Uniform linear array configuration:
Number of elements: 48
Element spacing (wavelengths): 1
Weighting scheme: cosine
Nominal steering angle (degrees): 60
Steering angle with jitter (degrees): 58.052
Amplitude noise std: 0.05
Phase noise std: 0.05

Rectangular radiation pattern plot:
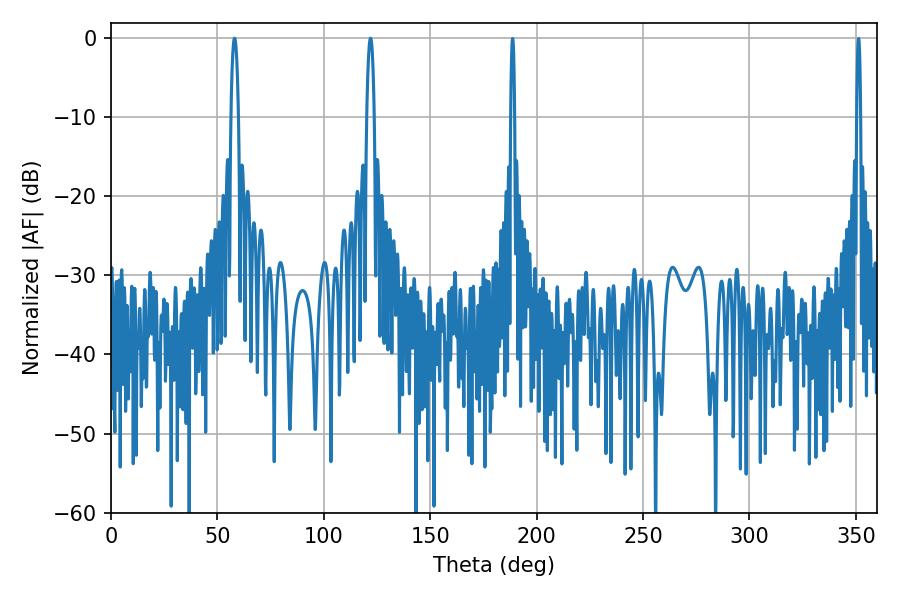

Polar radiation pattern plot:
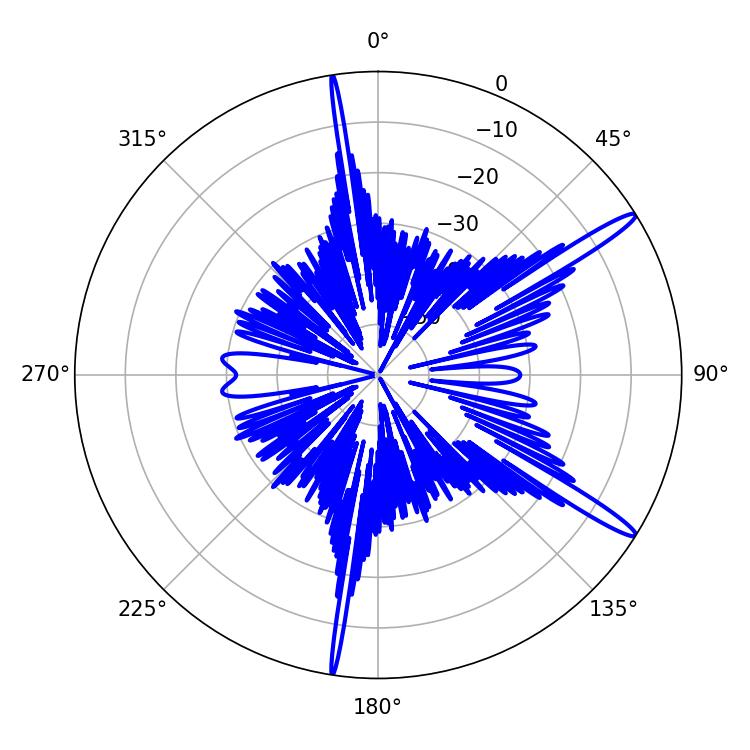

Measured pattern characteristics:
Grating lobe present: TRUE
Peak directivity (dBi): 15.171
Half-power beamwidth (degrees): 1.98
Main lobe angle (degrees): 58.14